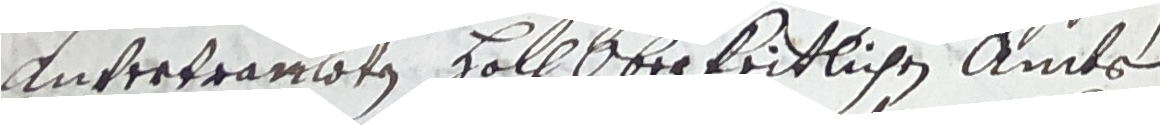
anvertraubten holh oberkeitlichen amts